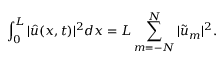
\int _ { 0 } ^ { L } | \hat { u } ( x , t ) | ^ { 2 } d x = L \sum _ { m = - N } ^ { N } | \tilde { u } _ { m } | ^ { 2 } .